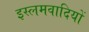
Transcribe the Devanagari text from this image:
इस्लमवादियों